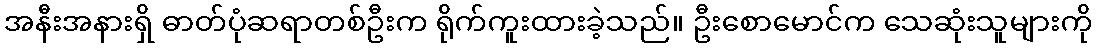
အနီးအနားရှိ ဓာတ်ပုံဆရာတစ်ဦးက ရိုက်ကူးထားခဲ့သည်။ ဦးစောမောင်က သေဆုံးသူများကို